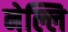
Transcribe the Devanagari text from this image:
नेल्लि